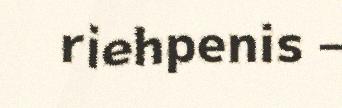
riehpenis –